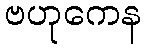
ဗဟုကေန